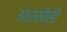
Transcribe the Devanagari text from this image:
आरसीसी